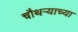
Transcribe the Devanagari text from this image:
चौथऱ्याच्या